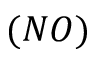
( N O )